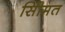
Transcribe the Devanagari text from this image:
सीिमत